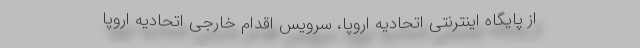
از پایگاه اینترنتی اتحادیه اروپا، سرویس اقدام خارجی اتحادیه اروپا